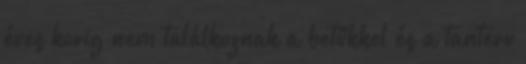
éves korig nem találkoznak a betűkkel és a tanterv